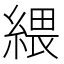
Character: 䋿